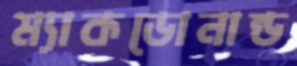
ম্যাকডোনান্ড